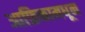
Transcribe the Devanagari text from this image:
आफ्रिकामधून